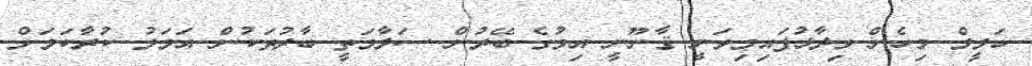
ހަލީލް މިހެން ވިދާޅުފައިމިވަނީ ޤާނޫނީ އިމުގެ ބޭރުން ސަލާމަތީ ބާރުތަކުން އަމަލު ކުރާކަމަށް